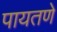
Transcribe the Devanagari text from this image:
पायतणे